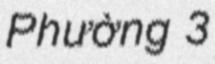
Phường 3